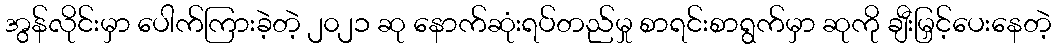
အွန်လိုင်းမှာ ပေါက်ကြားခဲ့တဲ့ ၂၀၂၁ ဆု နောက်ဆုံးရပ်တည်မှု စာရင်းစာရွက်မှာ ဆုကို ချီးမြှင့်ပေးနေတဲ့